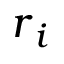
\boldsymbol { r } _ { i }